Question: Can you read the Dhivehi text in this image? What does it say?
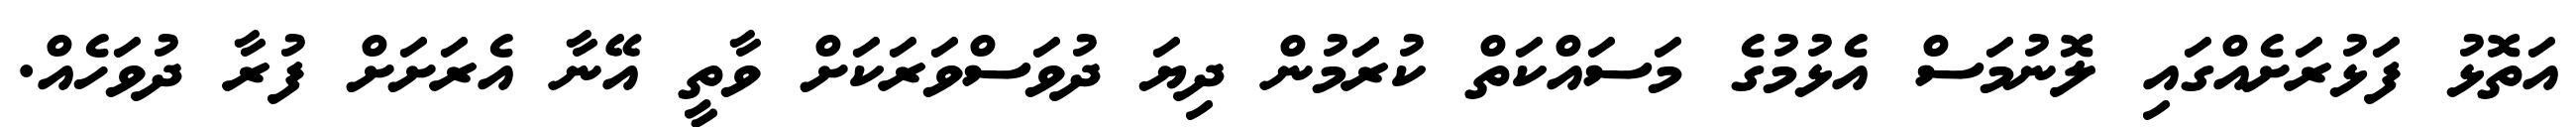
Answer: އަތޮޅު ފަޅުރަށެއްގައި ލޮނުމަސް އެޅުމުގެ މަސައްކަތް ކުރަމުން ދިޔަ ދުވަސްވަރަކަށް ވާތީ އޭނާ އެރަށަށް ފުރާ ދުވަހެއް.